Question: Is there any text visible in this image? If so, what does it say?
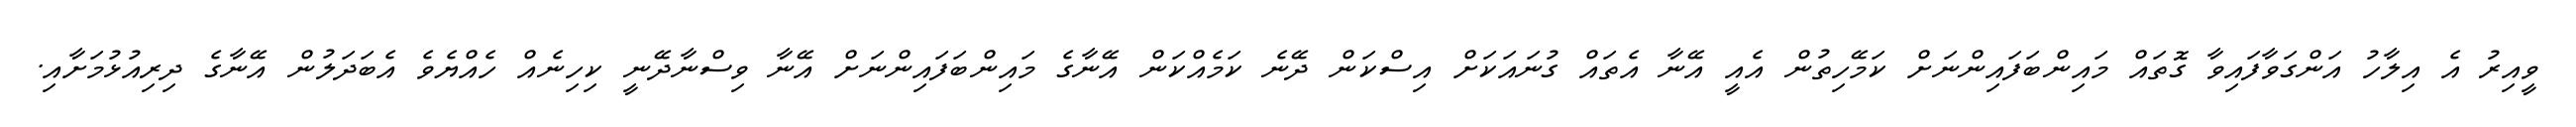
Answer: ވީއިރު އެ އިލާހު އަންގަވާފައިވާ ގޮތައް މައިންބަފައިންނަށް ކަމޭހިތުން އެއީ އޭނާ އެތައް ގުނައަކަށް އިސްކަން ދޭނެ ކަމެއްކަން އޭނާގެ މައިންބަފައިންނަށް އޭނާ ވިސްނާދޭނީ ކިހިނެއް ހެއްޔެވެ އެބަދަލުން އޭނާގެ ދިރިއުޅުމަށާއި.